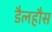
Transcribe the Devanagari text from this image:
डैलहौस